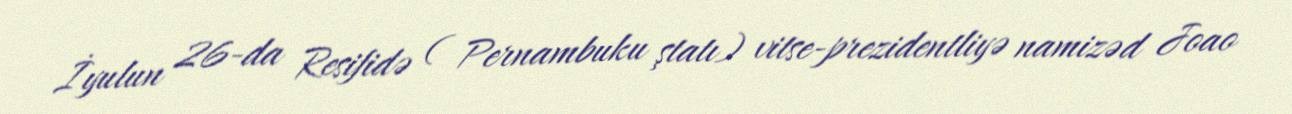
İyulun 26-da Resifidə ( Pernambuku ştatı) vitse-prezidentliyə namizəd Joao